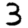
Digit: 3